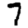
Digit: 7